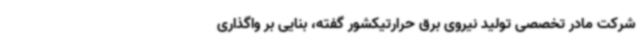
شرکت مادر تخصصی تولید نیروی برق حرارتیکشور گفته، بنایی بر واگذاری